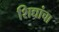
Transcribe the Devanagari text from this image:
शिद्यांचा